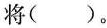
将( )。